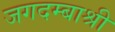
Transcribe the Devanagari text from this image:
जगदम्बाश्री